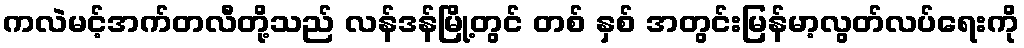
ကလဲမင့်အက်တလီတို့သည် လန်ဒန်မြို့တွင် တစ် နှစ် အတွင်းမြန်မာ့လွတ်လပ်ရေးကို